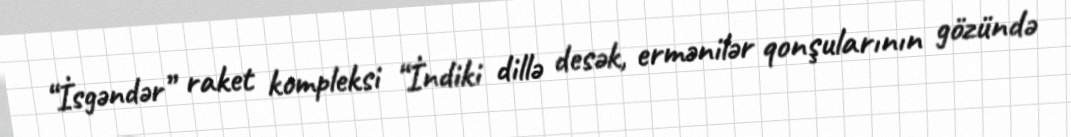
“İsgəndər” raket kompleksi “İndiki dillə desək, ermənilər qonşularının gözündə